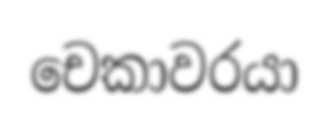
චෙකාවරයා